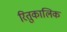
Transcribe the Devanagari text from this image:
रितुकालिक